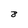
Character: 8